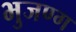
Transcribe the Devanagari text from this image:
भुजण्ग